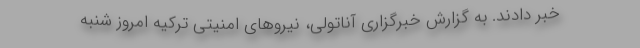
خبر دادند. به گزارش خبرگزاری آناتولی، نیروهای امنیتی ترکیه امروز شنبه